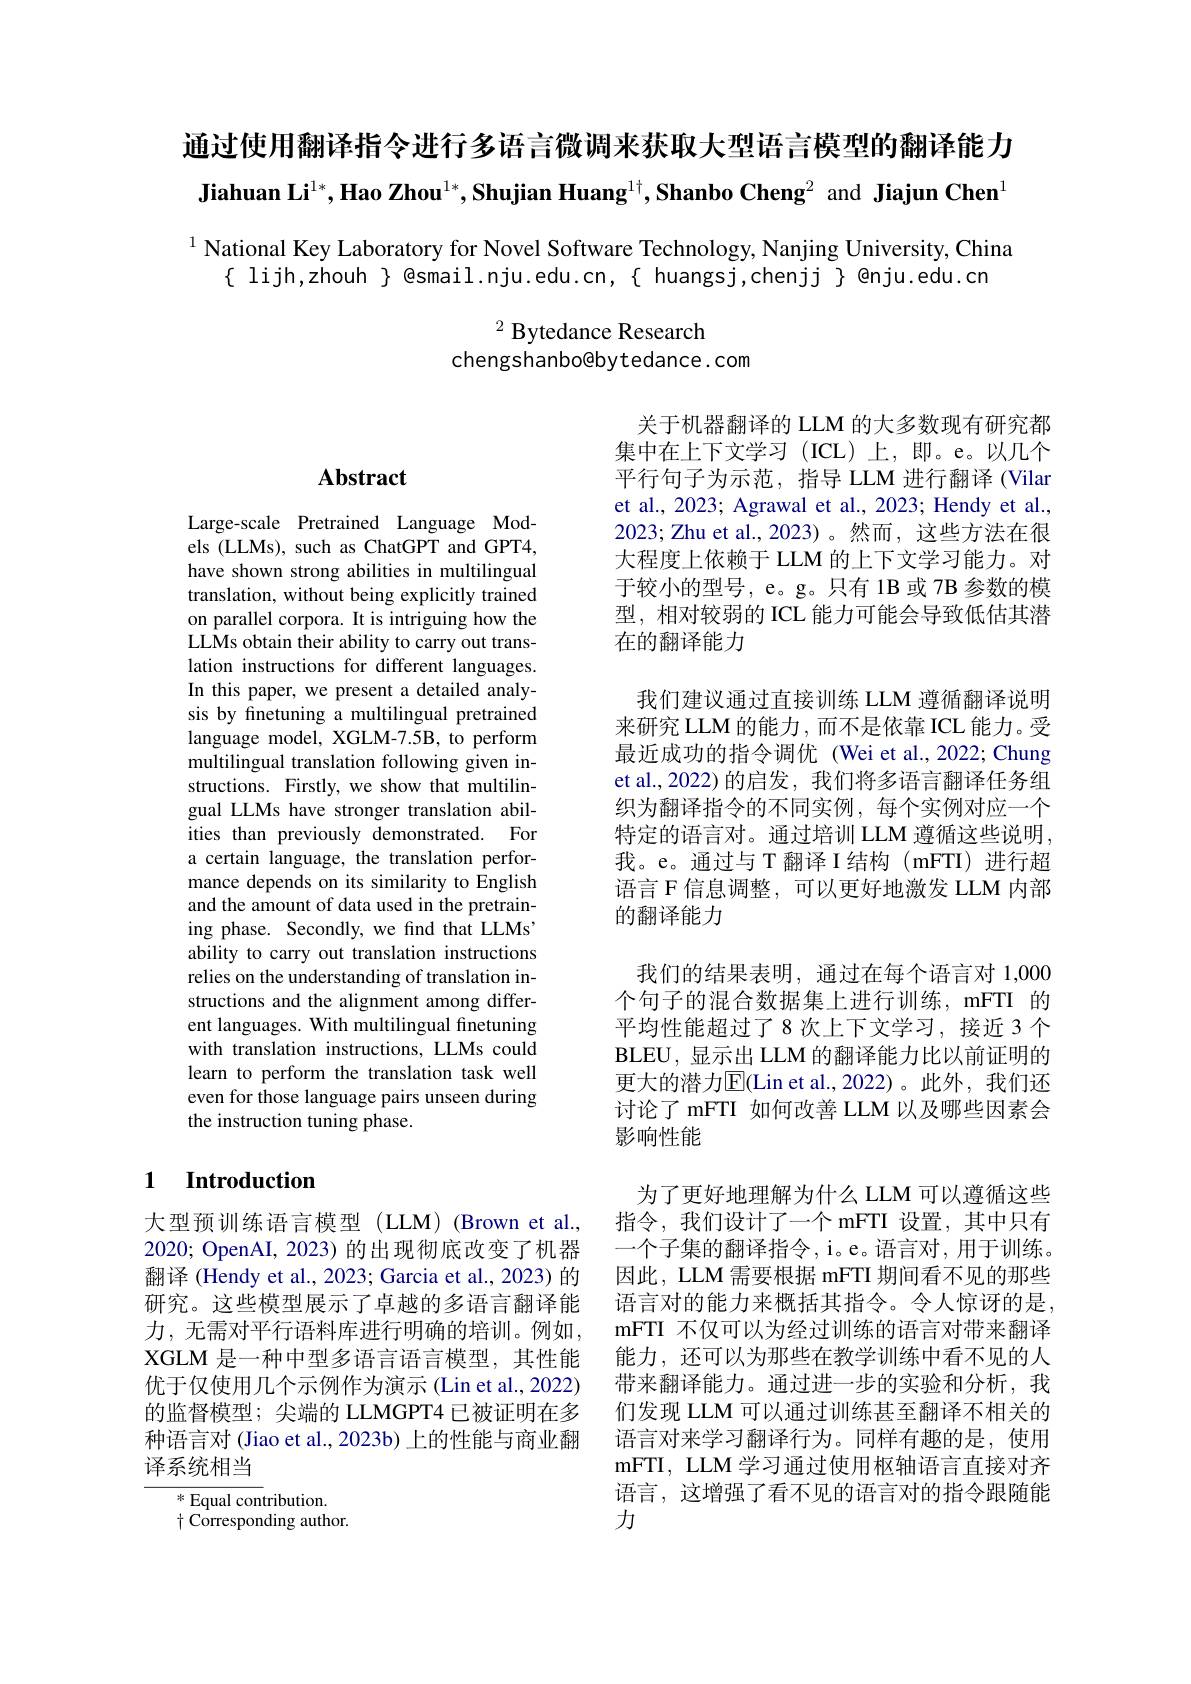
通过使用翻译指令进行多语言微调来获取大型语言模型的翻译能力Jiahuan Li$^1*,\textbf{Hao Zhou}^{1*},\textbf{Shujian Huang}^{1\dagger},\textbf{Shanbo Cheng}^2$ and Jiajun Chen

$^{1}$ National Key Laboratory for Novel Software Technology, Nanjing University, China
$\{$ lijh,zhouh $\}$ @smail.nju.edu.cn,{ huangsj,chenjj} $ @nju.edu.cn

$^2$ Bytedance Research
chengshanbo@bytedance.com

关于机器翻译的 LLM 的大多数现有研究都

集中在上下文学习(ICL)上，即。e。以几个

## $\mathbf{Abstract}$

我们建议通过直接训练 LLM 遵循翻译说明来研究 LLM 的能力 , 而不是依靠 ICL 能力。受最近成功的指令调优 (Wei et al.,2022; Chung et al.,2022) 的启发，我们将多语言翻译任务组织为翻译指令的不同实例，每个实例对应一个特定的语言对。通过培训 LLM 遵循这些说明， 我。e。通过与 T 翻译 I 结构(mFTI) 进行超语言 F 信息调整，可以更好地激发 LLM 内部的翻译能力

平行句子为示范，指导 LLM 进行翻译 (Vilar et al., 2023; Agrawal et al., 2023; Hendy et al., 2023; Zhu et al., 2023) 。然而，这些方法在很大程度上依赖于 LLM 的上下文学习能力。对于较小的型号，e。g。只有 1B 或 7B 参数的模型，相对较弱的 ICL 能力可能会导致低估其潜在的翻译能力
我们的结果表明，通过在每个语言对 1,000个句子的混合数据集上进行训练，mFTI 的平均性能超过了8次上下文学习，接近 3 个BLEU,显示出 LLM 的翻译能力比以前证明的更大的潜力$\operatorname{E}($Lin et al.,2022)。此外，我们还讨论了 mFTI 如何改善 LLM 以及哪些因素会影响性能

Large-scale Pretrained Language Models (LLMs), such as ChatGPT and GPT4, have shown strong abilities in multilingual translation, without being explicitly trained on parallel corpora. It is intriguing how the LLMs obtain their ability to carry out translation instructions for different languages. In this paper, we present a detailed analysis by finetuning a multilingual pretrained language model, XGLM-7.5B, to perform multilingual translation following given instructions. Firstly, we show that multilingual LLMs have stronger translation abilities than previously demonstrated. For a certain language, the translation performance depends on its similarity to English and the amount of data used in the pretraining phase. Secondly, we find that LLMs' ability to carry out translation instructions relies on the understanding of translation instructions and the alignment among different languages. With multilingual finetuning with translation instructions, LLMs could learn to perform the translation task well even for those language pairs unseen during the instruction tuning phase.

### 1 Introduction

大型预训练语言模型(LLM)(Brown et al.,
2020; OpenAI, 2023) 的出现彻底改变了机器 一个子集的翻译指令，i。e。语言对，用于训练。翻译 (Hendy et al., 2023; Garcia et al., 2023) 的 因此，LLM 需要根据 mFTI 期间看不见的那些研究。这些模型展示了卓越的多语言翻译能 语言对的能力来概括其指令。令人惊讶的是力，无需对平行语料库进行明确的培训。例如，mFTI 不仅可以为经过训练的语言对带来翻译XGLM 是一种中型多语言语言模型，其性能优于仅使用几个示例作为演示 (Lin et al., 2022) 的监督模型；尖端的 LLMGPT4 已被证明在多种语言对 (Jiao et al., 2023b) 上的性能与商业翻译系统相当

为了更好地理解为什么 LLM 可以遵循这些指令，我们设计了一个 mFTI 设置，其中只有能力，还可以为那些在教学训练中看不见的人带来翻译能力。通过进一步的实验和分析，我们发现 LLM 可以通过训练甚至翻译不相关的语言对来学习翻译行为。同样有趣的是，使用mFTI, LLM 学习通过使用枢轴语言直接对齐语言，这增强了看不见的语言对的指令跟随能力

$^*$ Equal contribution.
$\dagger$ Corresponding author.